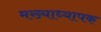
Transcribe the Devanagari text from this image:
मख्याध्यापक